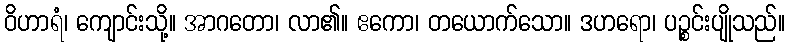
ဝိဟာရံ၊ ကျောင်းသို့။ အာဂတော၊ လာ၏။ ဧကော၊ တယောက်သော။ ဒဟရော၊ ပဉ္စင်းပျိုသည်။